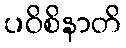
ပဝိစိနာတိ